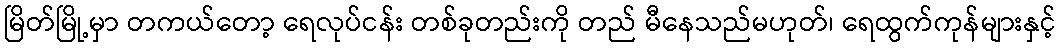
မြိတ်မြို့မှာ တကယ်တော့ ရေလုပ်ငန်း တစ်ခုတည်းကို တည် မီနေသည်မဟုတ်၊ ရေထွက်ကုန်များနှင့်